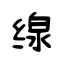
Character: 缐